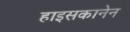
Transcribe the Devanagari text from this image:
हाइसकानेन